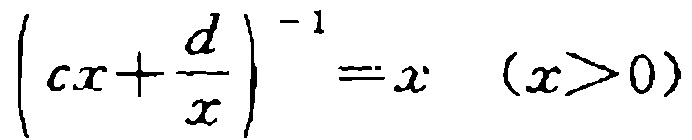
\(\left(cx+\frac{d}{x}\right)^{-1}=x\quad (x > 0)\)